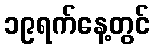
၁၉ရက်နေ့တွင်